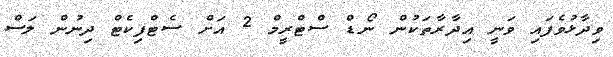
ވިދާޅުވެފައި ވަނީ އިދާރާތަކުން ނޯޑް ސްޓްރީމް 2 އަށް ސެޓްފިކެޓް ދިނުން ލަސް